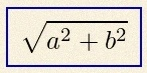
\sqrt{a^2+b^2}